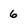
Character: 6